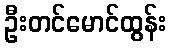
ဦးတင်မောင်ထွန်း